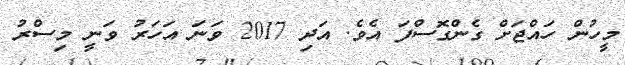
މީހުން ހައްޖަށް ގެންގޮސްފަ އެވެ. އަދި 2017 ވަނަ އަހަރު ވަނީ މިސްރު